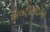
એલટીટીઇનો